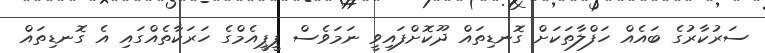
ސަރުކާރުގެ ބައެއް ހަފްލާތަކަށް ގޮނޑިތައް ދޫކޮށްފައިވީ ނަމަވެސް ޕީޕީއެމްގެ ހަރަކާތެއްގައި އެ ގޮނޑިތައް